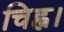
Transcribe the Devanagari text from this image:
चिह्न।